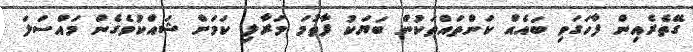
ގޭތެރެއިން ފާހަގަވި ބައެއް ކަންތައްތަކުން ބަޔަކު ފާތުމަ މަރާލި ކަމަށް ޝައްކުވެގެން މައްސަލަ